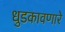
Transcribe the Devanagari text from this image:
धुडकावणारे